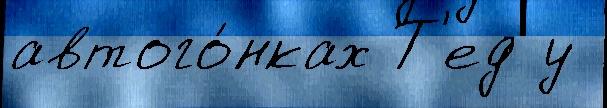
автого́нках Т'ед у